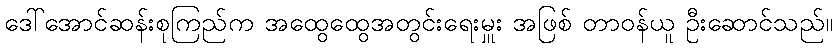
ဒေါ်အောင်ဆန်းစုကြည်က အထွေထွေအတွင်းရေးမှူး အဖြစ် တာဝန်ယူ ဦးဆောင်သည်။